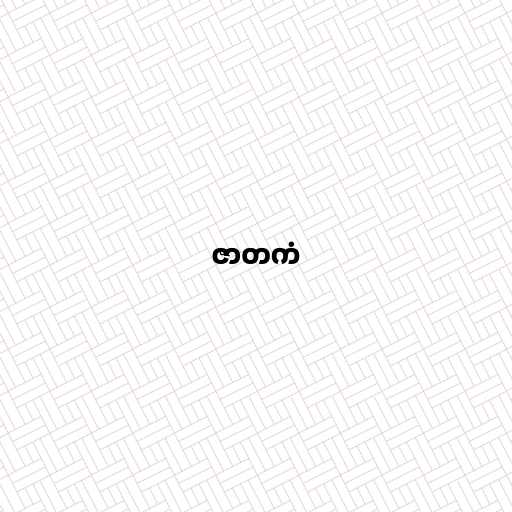
ဇာတကံ